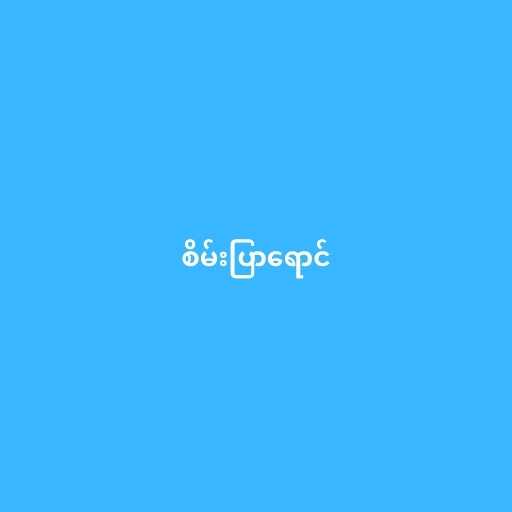
စိမ်းပြာရောင်